画像に写った文字を読んでください
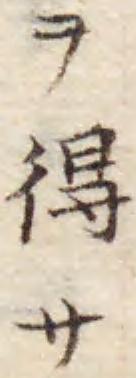
「ヲ得サ」と書いてあります